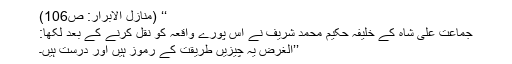
‘‘ (منازل الابرار: ص106)
جماعت علی شاہ کے خلیفہ حکیم محمد شریف نے اس پورے واقعہ کو نقل کرنے کے بعد لکھا:
’’الغرض یہ چیزیں طریقت کے رموز ہیں اور درست ہیں۔